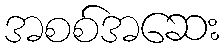
အစစ်အဆေး